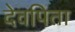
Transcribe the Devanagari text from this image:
देवपिता